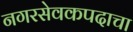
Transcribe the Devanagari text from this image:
नगरसेवकपदाचा